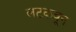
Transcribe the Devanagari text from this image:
लटकवून